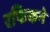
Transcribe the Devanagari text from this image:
रफिकने